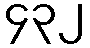
၄၃၂